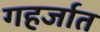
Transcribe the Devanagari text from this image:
गहर्जात